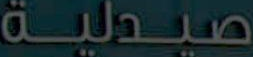
صيدلية